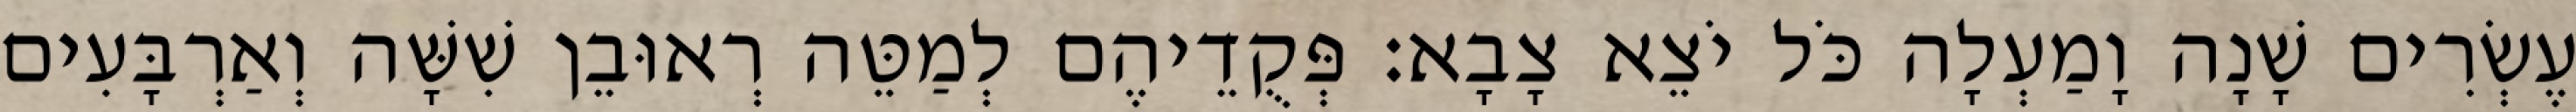
עֶשְׂרִים שָׁנָה וָמַעְלָה כֹּל יֹצֵא צָבָא׃ פְּקֻדֵיהֶם לְמַטֵּה רְאוּבֵן שִׁשָּׁה וְאַרְבָּעִים